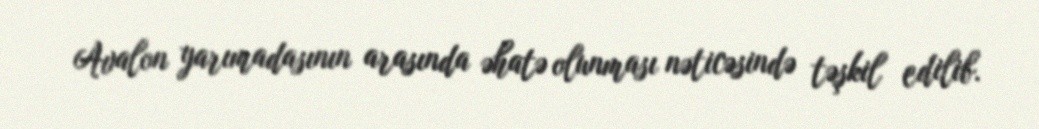
Avalon yarımadasının arasında əhatə olunması nəticəsində təşkil edilib.